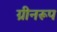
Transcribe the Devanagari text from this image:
ग्रीनरूप